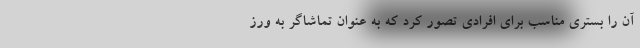
آن را بستری مناسب برای افرادی تصور کرد که به عنوان تماشاگر به ورز